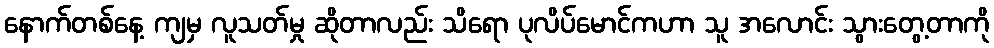
နောက်တစ်နေ့ ကျမှ လူသတ်မှု ဆိုတာလည်း သိရော ပုလိပ်မောင်ကဟာ သူ အလောင်း သွားတွေ့တာကို